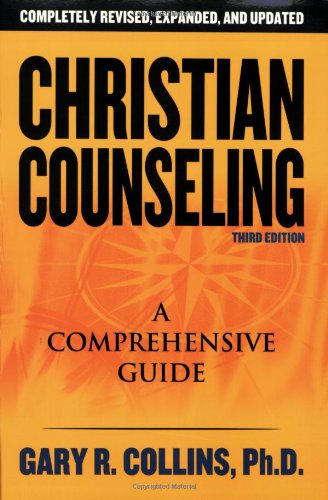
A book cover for Christian Counseling 3rd Edition: Revised and Updated; Gary R. Collins; Christian Books & Bibles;